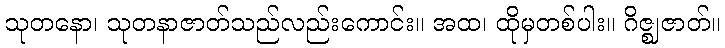
သုတနော၊ သုတနာဇာတ်သည်လည်းကောင်း။ အထ၊ ထိုမှတစ်ပါး။ ဂိဇ္ဈဇာတ်။